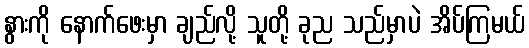
နွားကို နောက်ဖေးမှာ ချည်လို့ သူတို့ ခုည သည်မှာပဲ အိပ်ကြမယ်